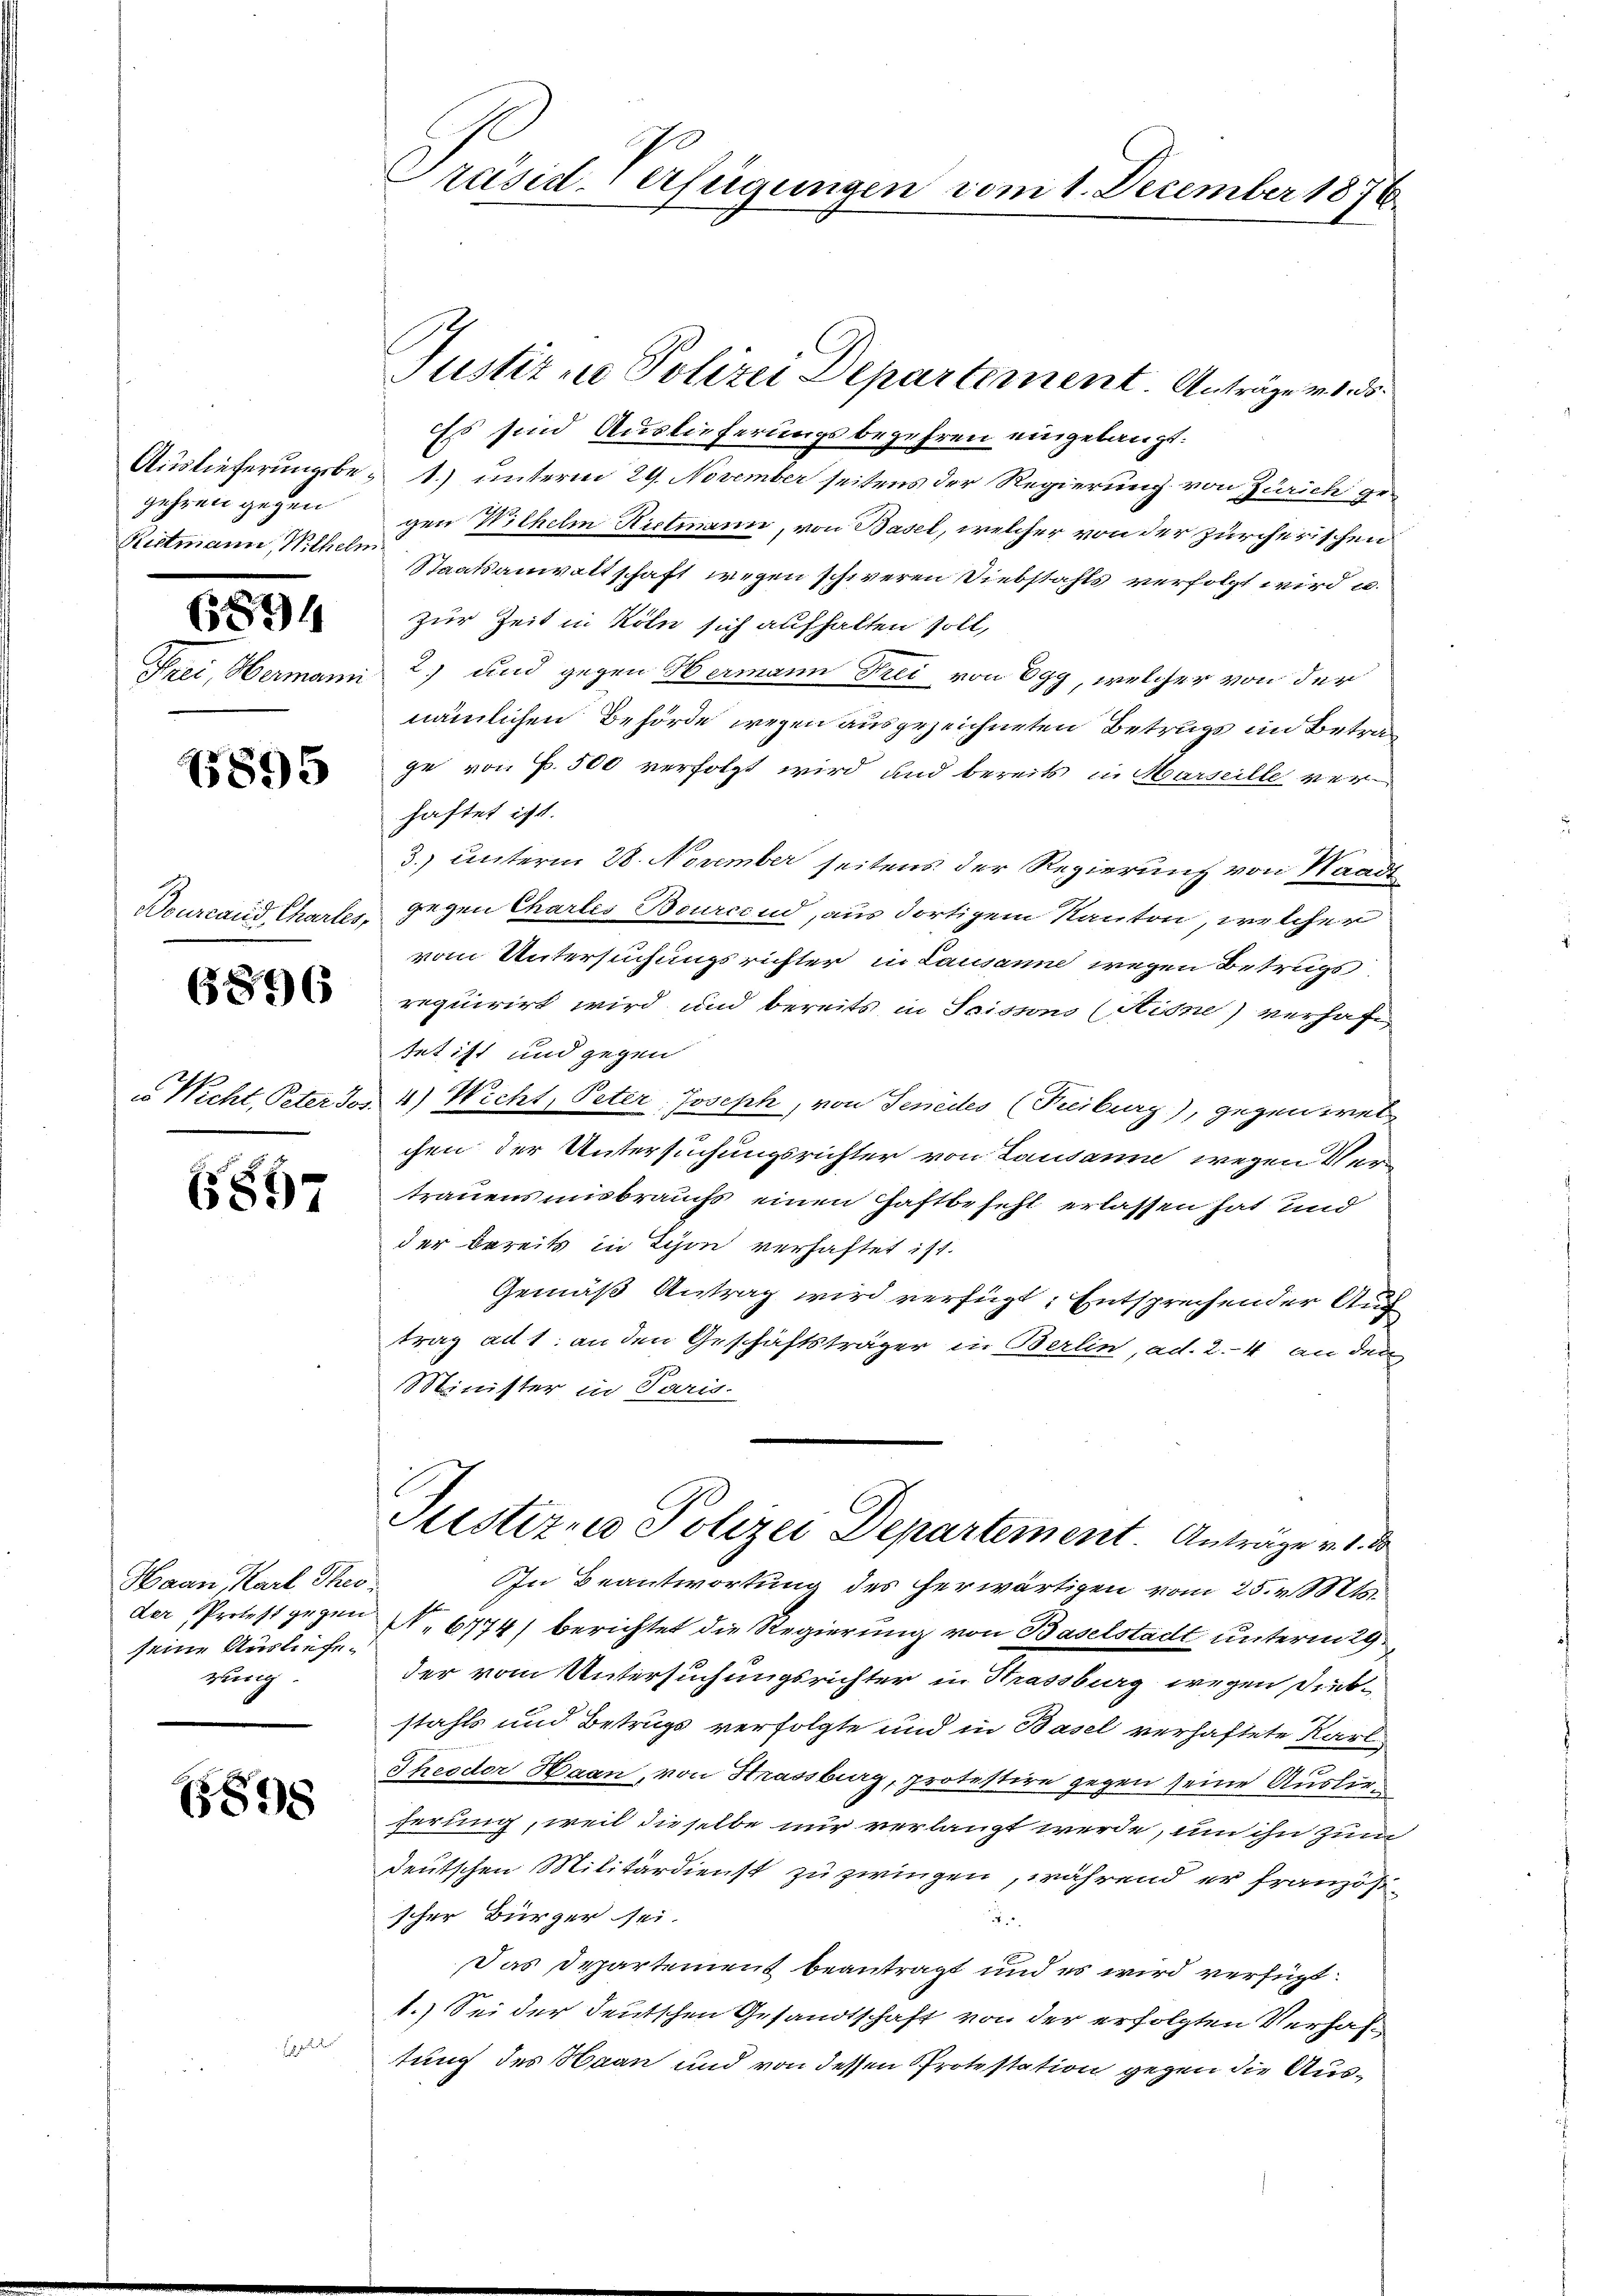
Auslieferungsbegehren gegen
Rittmann Wilhel

6894

Trei, Obermann

1895

Bourcaud, Chartes,

6896

6897

Haan Karl Theo
seine Ausliefe.
rung.

6898

eben der

Präsid. Verfügungen vom 1. December 1874.

Justiz in Polizei Departement. Anträge vons.
Es sind Auslieferungsbegehren eingelangt.
1) unterm 29. November seitens der Regierung von Zürich gegen Wilhelm Rietmann, von Basel, welcher von der zürcherischen
Staatsanwaltschaft wegen schweren Diebstahls verfolgt wird u.
zur Zeit in Köln sich aufhalten soll,
2) und gegen Hermann Frei von Egg, welcher von der
nämlichen Behörde wegen ausgezeichneten Betrugs in Betrage von P. 500 verfolgt wird und bereits in Marseille verhaftet ist.
3.) unterm 28. November seitens der Regierung von Waadt
gegen Chartes Bourceud, aus dortigem Kanton, welcher
vom Untersuchungsrichter in Lausanne wegen Betrugs
requirirt wird und bereits in Saissons (Ridne) verhaft
tet ist und gegen
u Nicht, Peter Jos. 4) Wicht, Peter, Joseph, von Senedes (Freiburg), gegen wel
chen der Untersuchungsrichter von Lausanne wegen Vertrauensmisbrauchs einen Haftbefehl erlassen hat und
der bereits in Schon verhaftet ist.
Gemäß Antrag wird verfügt: Entsprechender Auftrag als an den Geschäftsträger in Berlin, ad. 2.- 4 an den
Minister in Paris.
Justizio Polizei Departement Anträge v. 1. d
In Beantwortung des herwärtigen vom 25. v. Mts.
der Protest gegen N. 6774) berichtet die Regierung von Baselstadt unterm 29.
der vom Untersuchungsrichter in Strassburg wegen Diebstahls und Betrugs verfolgte und in Basel verhaftete Karl
Theodor Haan, von Strassburg, protestire gegen seine Ausler
ferung, weil dieselbe nur verlangt werde, um ihn zum
deutschen Militärdienst zu zwingen, während er französscher Bürger sei.

Das Departement beantragt und es wird verfügt:
1.) Sei der deutschen Gesandtschaft von der erfolgten Verhaftung des Haan und von dessen Protestation gegen die Aus¬